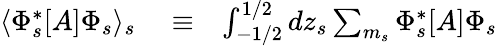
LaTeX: \begin{array}{rlr}{\langle\Phi_{s}^{*}[A]\Phi_{s}\rangle_{s}}&{{}\equiv}&{\int_{-1/2}^{1/2}dz_{s}\sum_{m_{s}}\Phi_{s}^{*}[A]\Phi_{s}}\end{array}